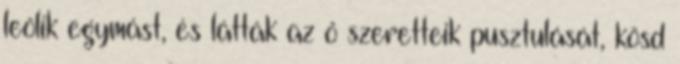
leölik egymást, és látták az ő szeretteik pusztulását, kösd